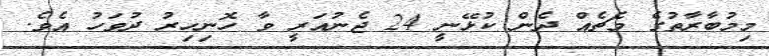
މިމުބާރާތުގެ މެޗެއް ދެން ކުޅޭނީ 24 ޖެނުއަރީ ވާ ހޮނިހިރު ދުވަހު އެވެ.